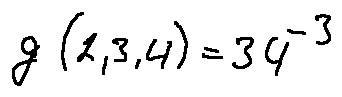
g ( 2 , 3 , 4 ) = 3 4 ^ { - 3 }